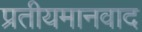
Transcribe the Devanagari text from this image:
प्रतीयमानवाद